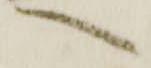
へ